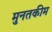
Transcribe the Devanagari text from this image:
मुनतकीम